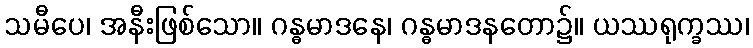
သမီပေ၊ အနီးဖြစ်သော။ ဂန္ဓမာဒနေ၊ ဂန္ဓမာဒနတော၌။ ယဿရုက္ခဿ၊